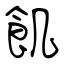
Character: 飢